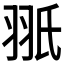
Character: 𦐊